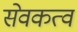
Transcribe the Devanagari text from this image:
सेवकत्व